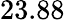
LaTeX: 23.88